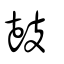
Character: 鼔